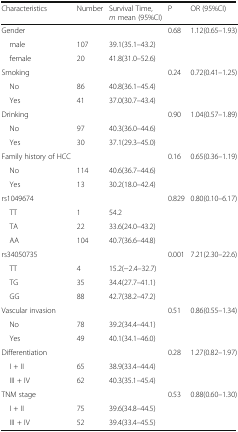
| Characteristics | Number | Survival Time, m mean (95%CI) | P | OR (95%CI) |
 | --- | --- | --- | --- | --- |
 | Gender |  |  | 0.68 | 1.12(0.65–1.93) |
 | male | 107 | 39.1(35.1–43.2) |  |  |
 | female | 20 | 41.8(31.0–52.6) |  |  |
 | Smoking |  |  | 0.24 | 0.72(0.41–1.25) |
 | No | 86 | 40.8(36.1–45.4) |  |  |
 | Yes | 41 | 37.0(30.7–43.4) |  |  |
 | Drinking |  |  | 0.90 | 1.04(0.57–1.89) |
 | No | 97 | 40.3(36.0–44.6) |  |  |
 | Yes | 30 | 37.1(29.3–45.0) |  |  |
 | Family history of HCC |  |  | 0.16 | 0.65(0.36–1.19) |
 | No | 114 | 40.6(36.7–44.6) |  |  |
 | Yes | 13 | 30.2(18.0–42.4) |  |  |
 | rs1049674 |  |  | 0.829 | 0.80(0.10–6.17) |
 | TT | 1 | 54.2 |  |  |
 | TA | 22 | 33.6(24.0–43.2) |  |  |
 | AA | 104 | 40.7(36.6–44.8) |  |  |
 | rs34050735 |  |  | 0.001 | 7.21(2.30–22.6) |
 | TT | 4 | 15.2(−2.4–32.7) |  |  |
 | TG | 35 | 34.4(27.7–41.1) |  |  |
 | GG | 88 | 42.7(38.2–47.2) |  |  |
 | Vascular invasion |  |  | 0.51 | 0.86(0.55–1.34) |
 | No | 78 | 39.2(34.4–44.1) |  |  |
 | Yes | 49 | 40.1(34.1–46.0) |  |  |
 | Differentiation |  |  | 0.28 | 1.27(0.82–1.97) |
 | I + II | 65 | 38.9(33.4–44.4) |  |  |
 | III + IV | 62 | 40.3(35.1–45.4) |  |  |
 | TNM stage |  |  | 0.53 | 0.88(0.60–1.30) |
 | I + II | 75 | 39.6(34.8–44.5) |  |  |
 | III + IV | 52 | 39.4(33.4–45.5) |  |  |